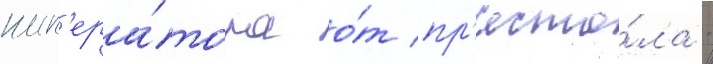
имп'ера́тора о́т пр'есто́ла -